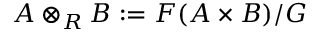
A \otimes _ { R } B : = F ( A \times B ) / G